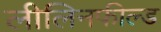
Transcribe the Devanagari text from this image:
लीलिनफील्ड